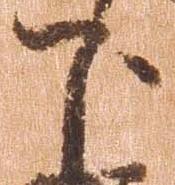
下